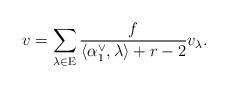
LaTeX: \begin{align*}v = \sum \limits_{\lambda \in \mathrm E} \frac{f}{\langle \alpha_1^\vee, \lambda \rangle + r-2}v_\lambda.\end{align*}